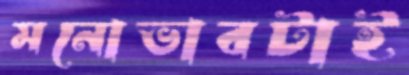
মনোভাবটাই